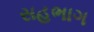
સહભાગ